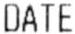
DATE